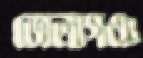
ভোলাগঞ